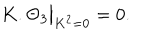
K . \Theta _ { 3 } { \big | } _ { K ^ { 2 } = 0 } = 0 .